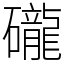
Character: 礲